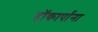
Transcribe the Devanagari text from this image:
हॉकार्पाना